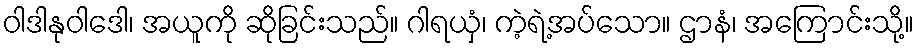
ဝါဒါနုဝါဒေါ၊ အယူကို ဆိုခြင်းသည်။ ဂါရယှံ၊ ကဲ့ရဲ့အပ်သော။ ဌာနံ၊ အကြောင်းသို့။